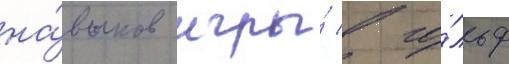
на́выков игры́ в го́льф